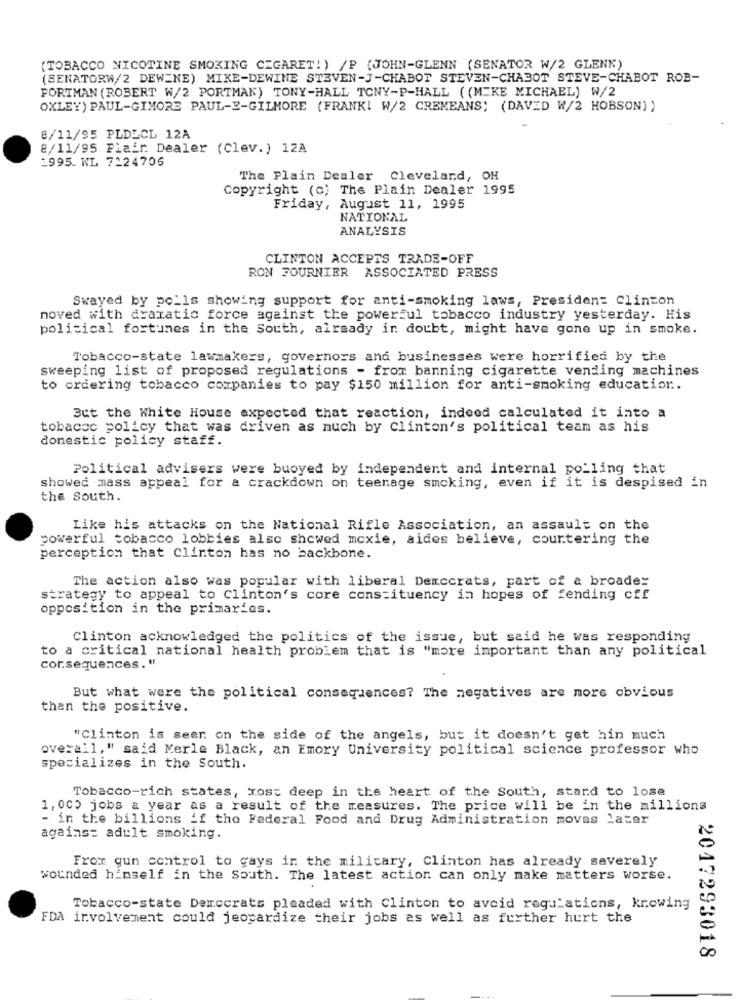
(TOBACCO NICOTINE SMOKING CIGARET! ) /P (JOHN-GLENN (SENATOR W/2 GLENK)
(SENATORW/2 DEW_NE) MIKE-DEWINE STEVEN-J-CHABOT STEVEN-CHABOT STEVE-CHABOT ROB-
FORTMAN (ROBERT W/2 PORTMAN) TONY-HALL TONY-P-HALL ( (MEKE MICHAEL) W/2
OXLEY) PAUL-GIMORE PAUL-E-GILMORE (FRANK! W/2 CREMEANS; (DAVED W/2 HOBSON) )
8/11/95 PLDLCL 12A
8/11/95 Flair. Dealer (Clev.) 12A
1995. WL 7124706
The Plain Dealer Cleveland, OH
Copyright (c) The Plain Dealer 1995
Friday, August 11, 1995
NATIONAL
ANALYSIS
CLINTON ACCEPTS TRADE-OFF
RON FOURNIER ASSOCIATED PRESS
Swayed by polls showing support for anti-smoking laws, President Clinton
noved with dramatic force against the powerful tobacco industry yesterday. His
political fortunes in the South, already in doubt, might have gone up in smoke.
Tobacco-state lawmakers, governors and businesses were horrified by the
sweeping list of proposed regulations - from banning cigarette vending machines
to ordering tobacco companies to pay $150 million for anti-smoking education ..
But the White House expected that reaction, indeed calculated it into a
tobacco policy that was driven as much by Clinton's political team as his
domestic policy staff.
Political advisers were buoyed by independent and internal po_ling that
showed mass appeal for a crackdown on teenage smoking, even if it is despised in
the South.
Like his attacks on the National Rifle Association, an assault on the
powerful tobacco lobbies also showed moxie, aides believe, courtering the
perception that Clinton has no backbone.
The action also was popular with liberal Democrats, part of a broader
strategy to appeal to Clinton's core constituency in hopes of fending cff
opposition in the primaries.
Clinton acknowledged the politics of the issue, but said he was responding
to a critical national health problem that is "more important than any political
cor.sequences. "
But what were the political consequences? The negatives are more obvious
than the positive.
"Clinton is seen on the side of the angels, but it doesn't get hin much
overall," said Kerle Black, an Emory University political science professor who
specializes in the South.
Tobacco-rich states, most deep in the heart of the South, stard to lose
1, 000 jobs a year as a result of the measures. The price will be in the millions
- in the billions if the Federal Food and Drug Administration moves later
agains: adult smoking.
From gun control to gays in the military, Clinton has already severely
wounded himself in the South. The latest action can only make matters worse.
Tobacco-state Democrats pleaded with Clinton to avoid regulations, knowing
FDA involvement could jeopardize their jobs as well as further hurt the
2017293018